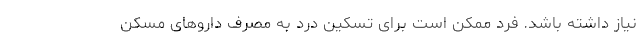
نیاز داشته باشد. فرد ممکن است برای تسکین درد به مصرف داروهای مسکن